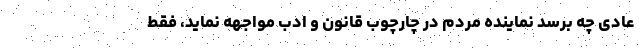
عادی چه برسد نماینده مردم در چارچوب قانون و ادب مواجهه نماید، فقط